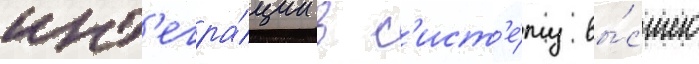
инт'егра́ции в с'ист'е́му вы́сшего